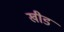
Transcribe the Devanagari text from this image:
खीड